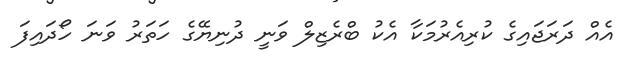
އެއް ދަރަޖައިގެ ކުރިއެރުމަކާ އެކު ބްރެޒިލް ވަނީ ދުނިޔޭގެ ހަތަރު ވަނަ ހޯދައިފަ